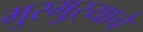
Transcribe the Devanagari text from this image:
मुरमुऱ्याचे